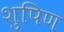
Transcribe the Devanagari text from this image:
शुपिण